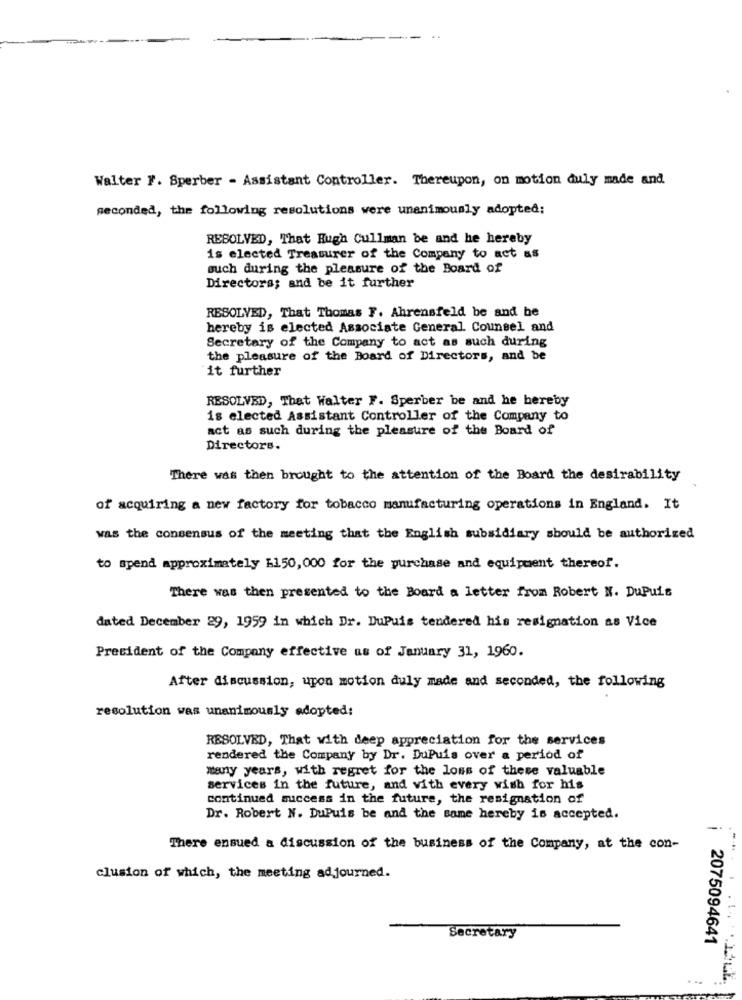
Walter F. Sperber - Assistant Controller. Thereupon, on motion duly made and
seconded, the following resolutions were unanimously adopted:
RESOLVED, That Hugh Cullman be and he hereby
is elected Treasurer of the Company to act as
such during the pleasure of the Board of
Directors; and be it further
RESOLVED, That Thomas F. Ahrensfeld be and be
hereby is elected Associate General Counsel and
Secretary of the Company to act as such during
the pleasure of the Board of Directors, and be
it further
RESOLVED, That Walter F. Sperber be and he hereby
is elected Assistant Controller of the Company to
act as such during the pleasure of the Board of
Directors.
There was then brought to the attention of the Board the desirability
of acquiring a new factory for tobacco manufacturing operations in England. It
was the consensus of the meeting that the English subsidiary should be authorized
to spend approximately E150, 000 for the purchase and equipment thereof.
There was then presented to the Board a letter from Robert N. DuPuis
dated December 29, 1959 in which Dr. DuPuis tendered his resignation as Vice
President of the Company effective as of January 31, 1960.
After discussion, upon motion duly made and seconded, the following
resolution was unanimously adopted:
RESOLVED, That with deep appreciation for the services
rendered the Company by Dr. DuPuis over a period of
many years, with regret for the loss of these valuable
services in the future, and with every wish for his
continued success in the future, the resignation of
Dr. Robert N. DuPuis be and the same hereby is accepted.
There ensued a discussion of the business of the Company, at the con-
clusion of which, the meeting adjourned.
Secretary
2075094641